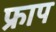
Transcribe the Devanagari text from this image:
फ्राप